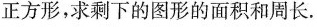
正方形，求剩下的图形的面积和周长.